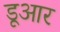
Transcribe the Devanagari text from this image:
डूआर